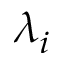
\lambda _ { i }